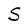
Character: S